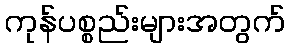
ကုန်ပစ္စည်းများအတွက်